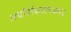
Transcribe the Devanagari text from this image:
अर्धांतरैकवाचकपद